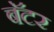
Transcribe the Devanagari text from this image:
बॅटर